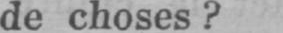
de choses?